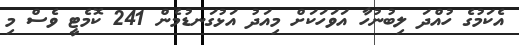
އެކަމުގެ ހުއްދަ ލިބުނުހާ އަވަހަކަށް މިއަދު އަޅުގަނޑުމެން 241 ކޮމެޓީ ވެސް މި